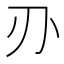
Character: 刅